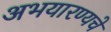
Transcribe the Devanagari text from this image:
अभयारण्यचे